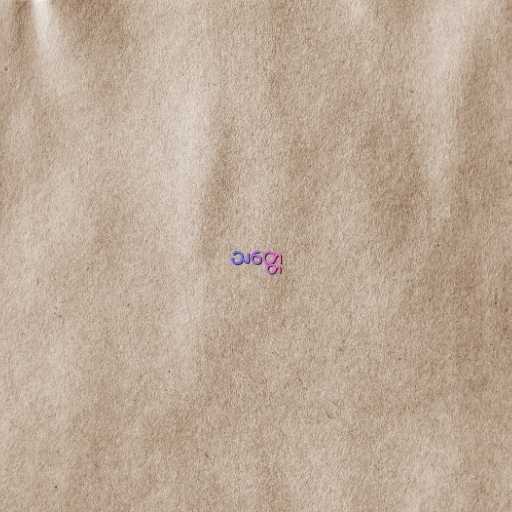
သတ္တေ